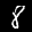
Label: 8